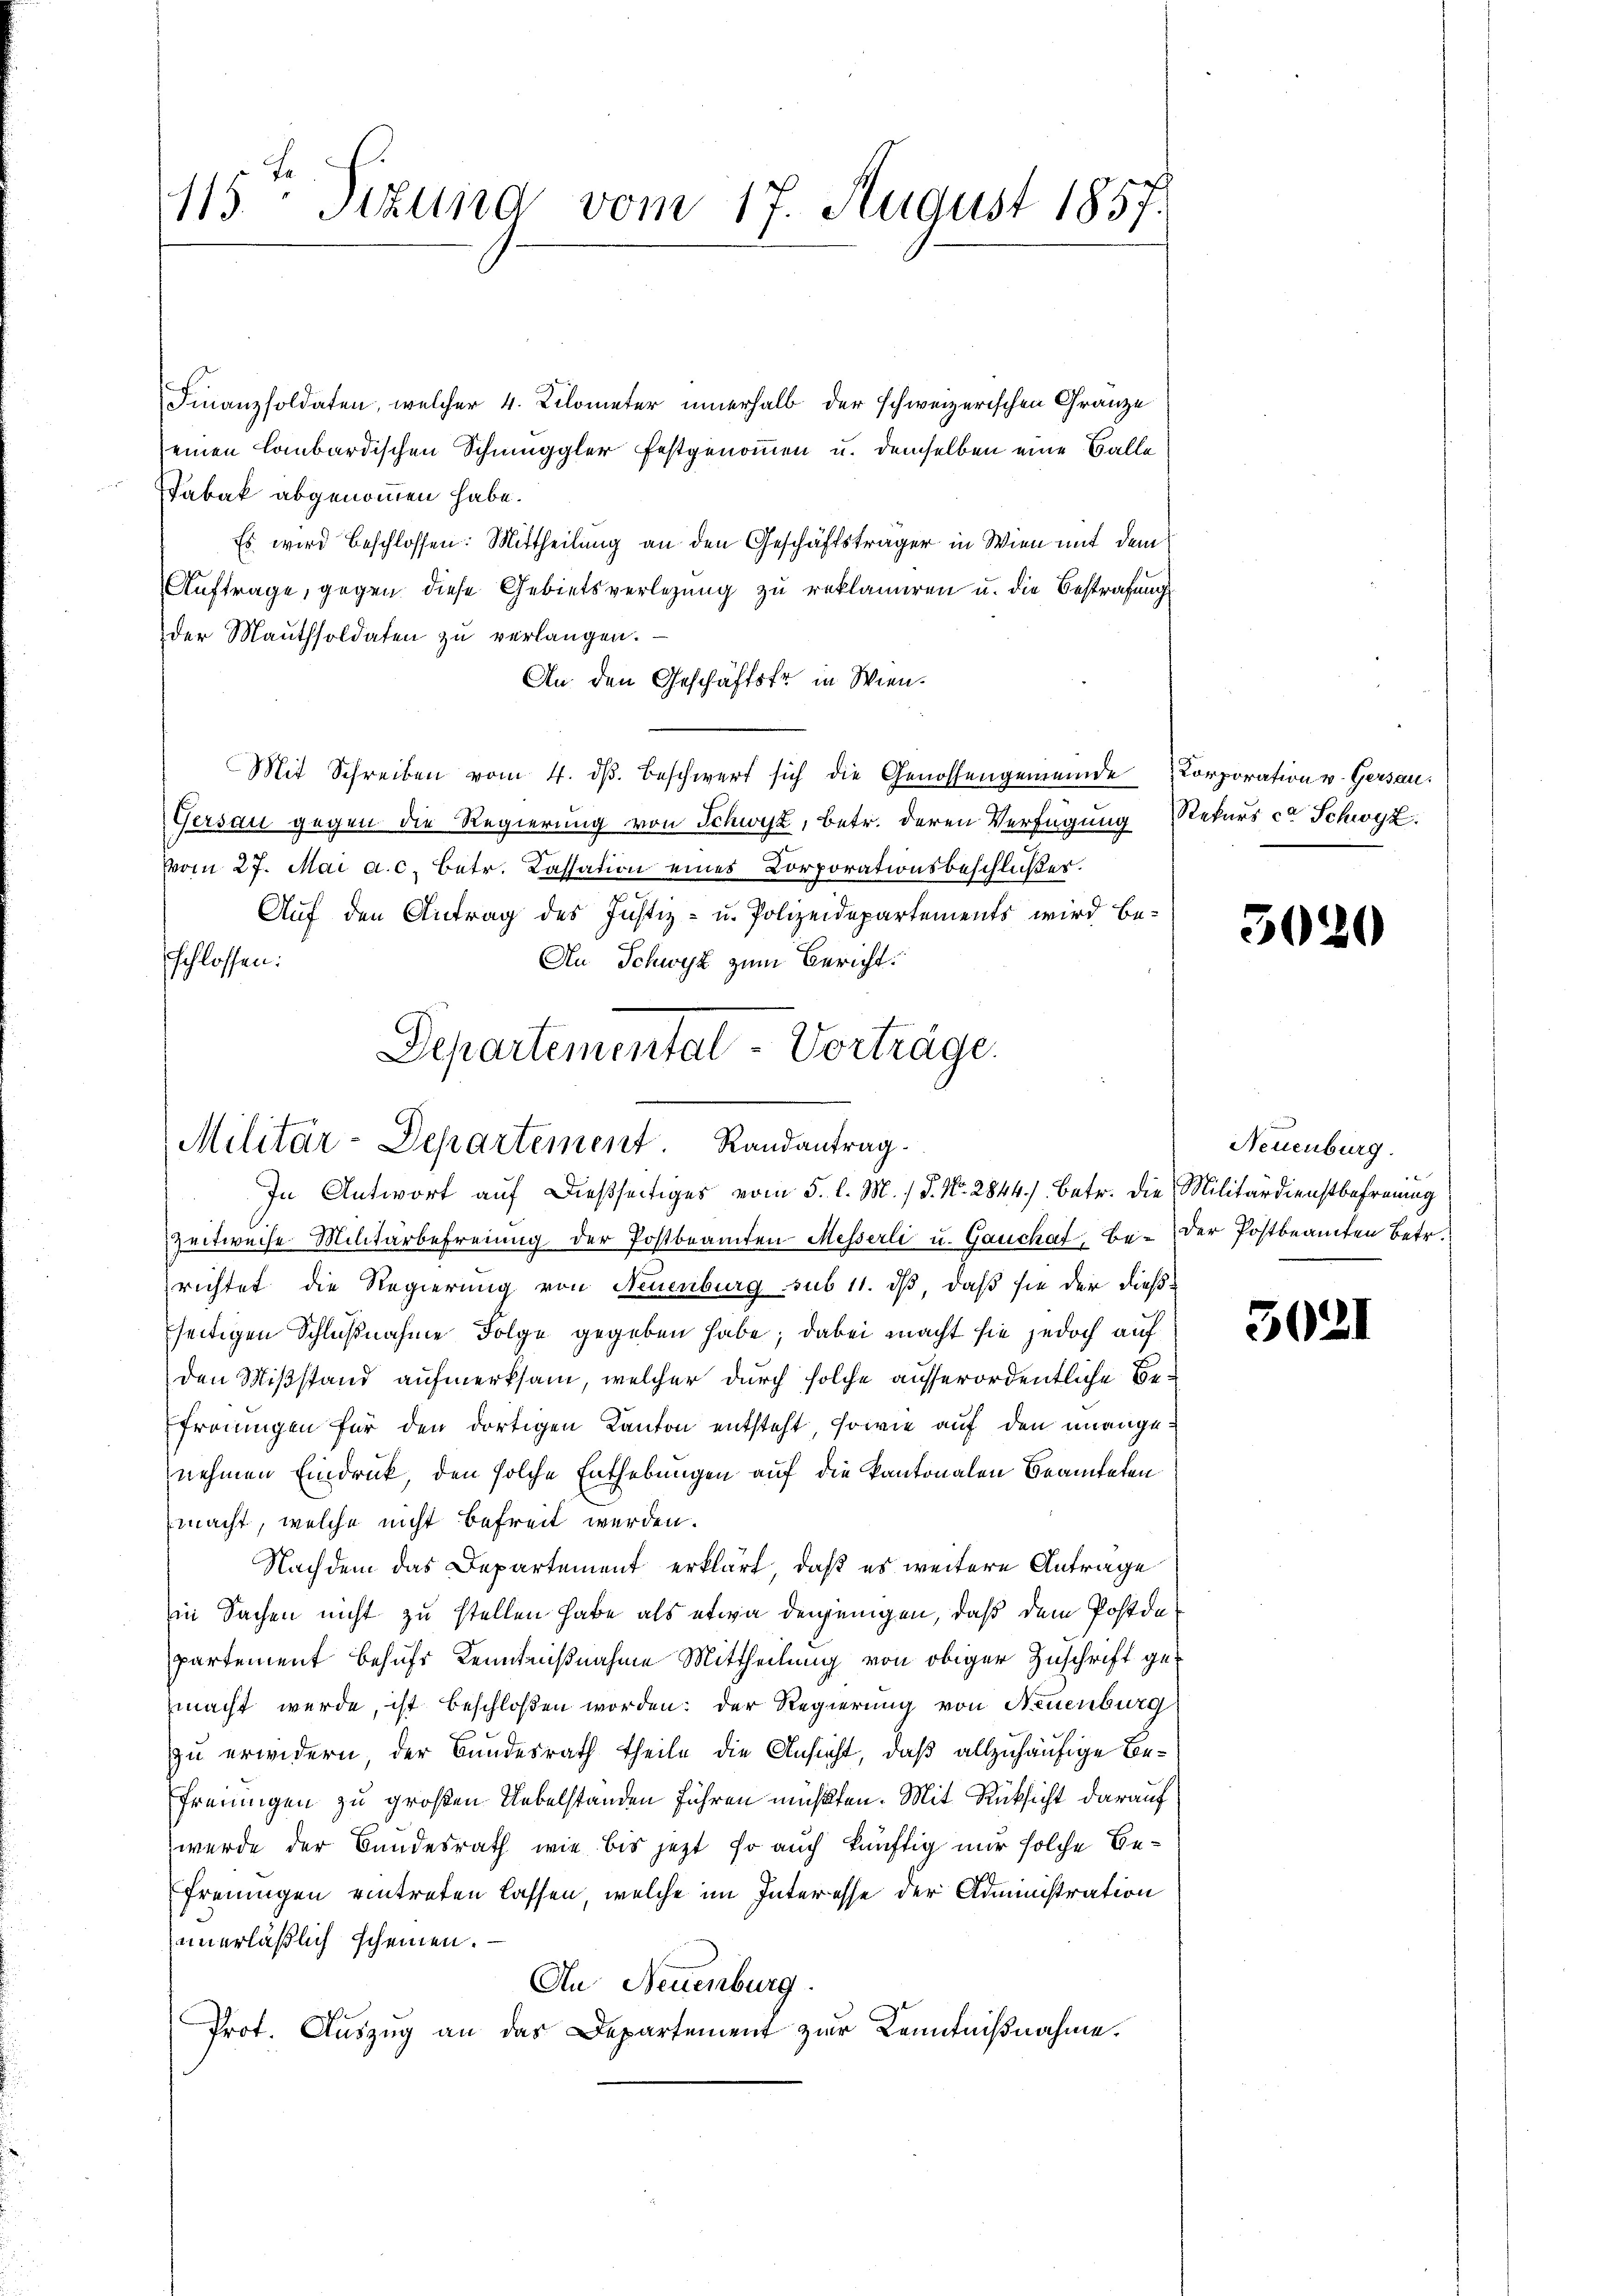
115. Sizung vom 17. August 1857.

Finanzsoldaten, welcher 4. Kilometer innerhalb der schweizerischen Gränze
einen Lombardischen Schmuggler festgenommen u. demselben eine Balle
Tabak abgenommen habe.
Es wird beschlossen: Mittheilung an den Geschäftsträger in Wien mit dem
Auftrage, gegen diese Gebietsverlegung zu reklamiren u. die Bestrafung
der Mauthsoldaten zu verlangen.
An den Geschäftsfr. in Wien.
Mit Schreiben vom 4. dβ beschwert sich die Genossengemeinde Korporation v. Gersau:
Gersau gegen die Regierung von Schwyz, betr. deren Verfügung Rekurs ce Schwyz.
vom 27. Mai a. c. Betr. Cassation eines Corporationsbeschlußes.
Auf den Antrag des Justiz- u. Polizeidepartements wird be-
schlossen:
An Schwyz zum Bericht:
Departemental-Vorträge.

Militär-Departement. Randantrag.
In Antwort auf dießseitiges vom 5. l. M. / P. Nr. 2844). Betr. die Militärdienstbefreung

Zeitweise Militärbefreiung der Postbeamten Messerli u. Gauchat-Be-der Postbeamten betr.
richtet die Regierung von Neuenburg sub 11. ds, daß sie der dießseitigen Schlußnahme Folge gegeben habe; dabei macht sie jedoch auf
den Mißstand aufmerksam, welcher durch solche ausserordentliche Be¬
Efröningen für den dortigen Kanton entsteht, sowie auf den unangenehmen Eindruck, den solche Enthebungen auf die kantonalen Beamteten
macht, welche nicht befreit werden.
Nachdem das Departement erklärt, daß es weitere Antrage
in Sachen nicht zu stellen habe als etwa denjenigen, daß dem Postde
partement behufs Kenntnißnahme Mittheilung von obiger Zuschrift ge-
macht werde, ist beschloßen worden: der Regierung von Neuenburg
zu erwidern, der Bundesrath theile die Ansicht, daß allzuhäufige Befreunigen zu großen Uebelstanden führen müßten. Mit Rücksicht darauf
wurde der Bundesrath wie bis jetzt so auch künftig nur solche Befreunigen eintreten lassen, welche im Interesse der Administration
unerläßlich scheinen.
An Neuenburg.
Prot. Auszug an das Departement zur Kenntnißnahme.

5020

Neuenburg.

5021